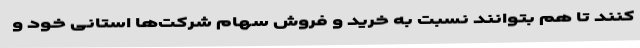
کنند تا هم بتوانند نسبت به خرید و فروش سهام شرکت‌ها استانی خود و